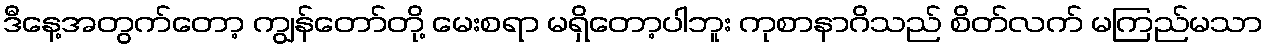
ဒီနေ့အတွက်တော့ ကျွန်တော်တို့ မေးစရာ မရှိတော့ပါဘူး ကုစာနာဂိသည် စိတ်လက် မကြည်မသာ